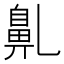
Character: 𪖐